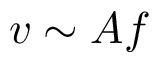
v \sim A f